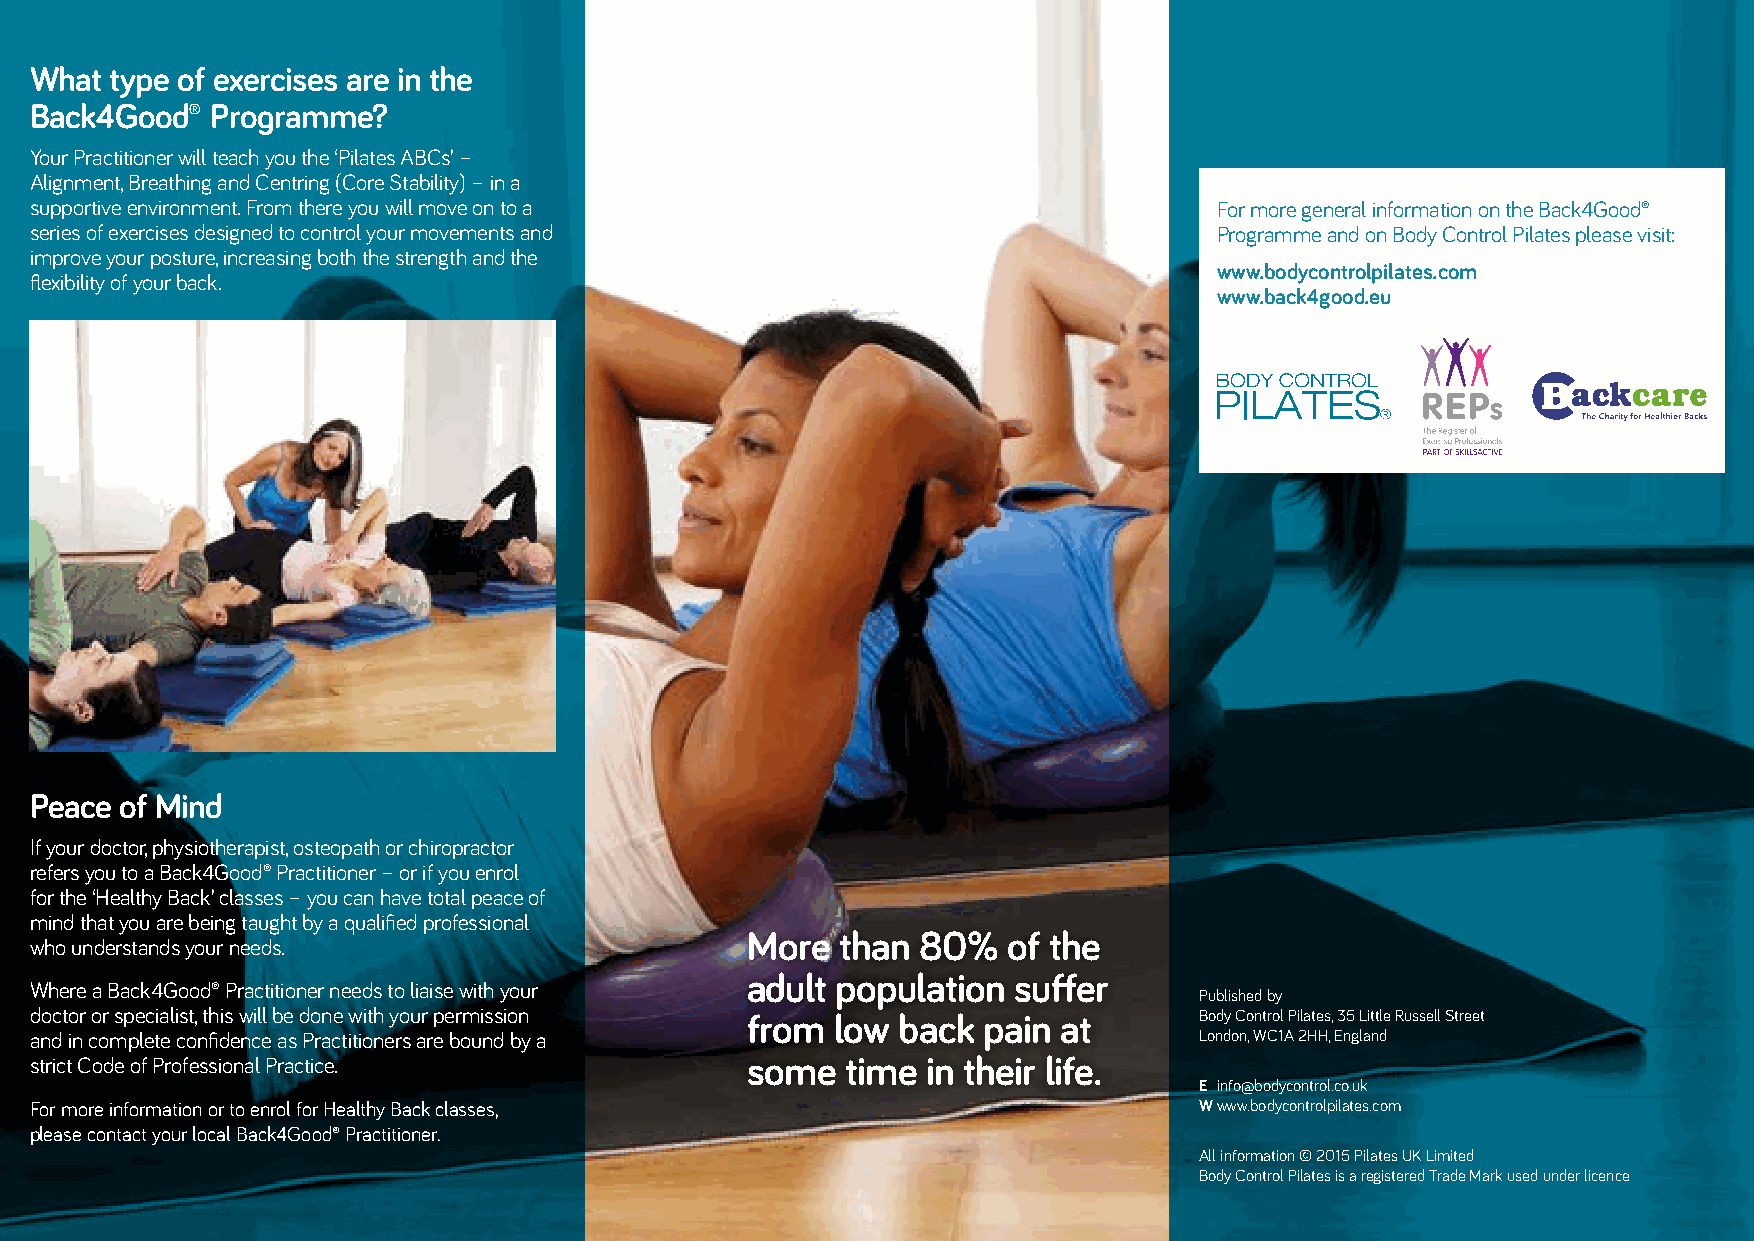
What type of exercises are in the
 Back4Good®  Programme?
 Your Practitioner will teach you the ‘Pilates ABCs’ –
 Alignment, Breathing and Centring (Core Stability) – in a
 supportive environment. From there you will move on to a                       For more general information on the Back4Good®
 series of exercises designed to control your movements and                     Programme and on Body Control Pilates please visit:
 improve your posture, increasing both the strength and the
 www.bodycontrolpilates.com
 flexibility of your back.
 www.back4good.eu
 Peace of Mind
 If your doctor, physiotherapist, osteopath or chiropractor
 refers you to a Back4Good® Practitioner – or if you enrol
 for the ‘Healthy Back’ classes – you can have total peace of
 mind that you are being taught by a qualified professional
 More   than 80%   of the
 who understands your needs.
 adult population  suffer
 Where a Back4Good® Practitioner needs to liaise with your
 Published by
 doctor or specialist, this will be done with your permission from low back pain at Body Control Pilates, 35 Little Russell Street
 and in complete confidence as Practitioners are bound by a                   London, WC1A 2HH, England
 strict Code of Professional Practice.          some   time in their life.
 E info@bodycontrol.co.uk
 For more information or to enrol for Healthy Back classes,                   W www.bodycontrolpilates.com
 please contact your local Back4Good® Practitioner.
 All information © 2015 Pilates UK Limited
 Body Control Pilates is a registered Trade Mark used under licence